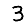
Digit: 3